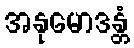
အနုမောဒန္တံ